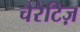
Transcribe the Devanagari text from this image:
चैरेटिज़